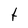
Character: t